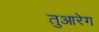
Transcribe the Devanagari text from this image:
तुआरेग